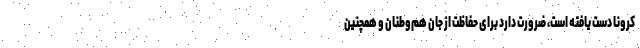
کرونا دست یافته است، ضرورت دارد برای حفاظت از جان هم‌وطنان و همچنین